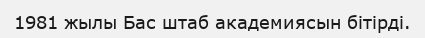
1981 жылы Бас штаб академиясын бітірді.